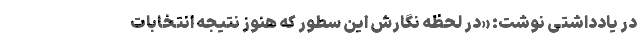
در یادداشتی نوشت: «در لحظه نگارش این سطور که هنوز نتیجه انتخابات